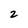
Character: 2